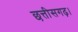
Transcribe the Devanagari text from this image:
छत्तीसगढ़।